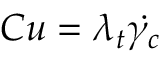
C u = \lambda _ { t } \dot { \gamma _ { c } }